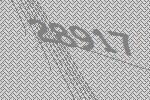
28917